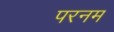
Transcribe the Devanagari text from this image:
परनम